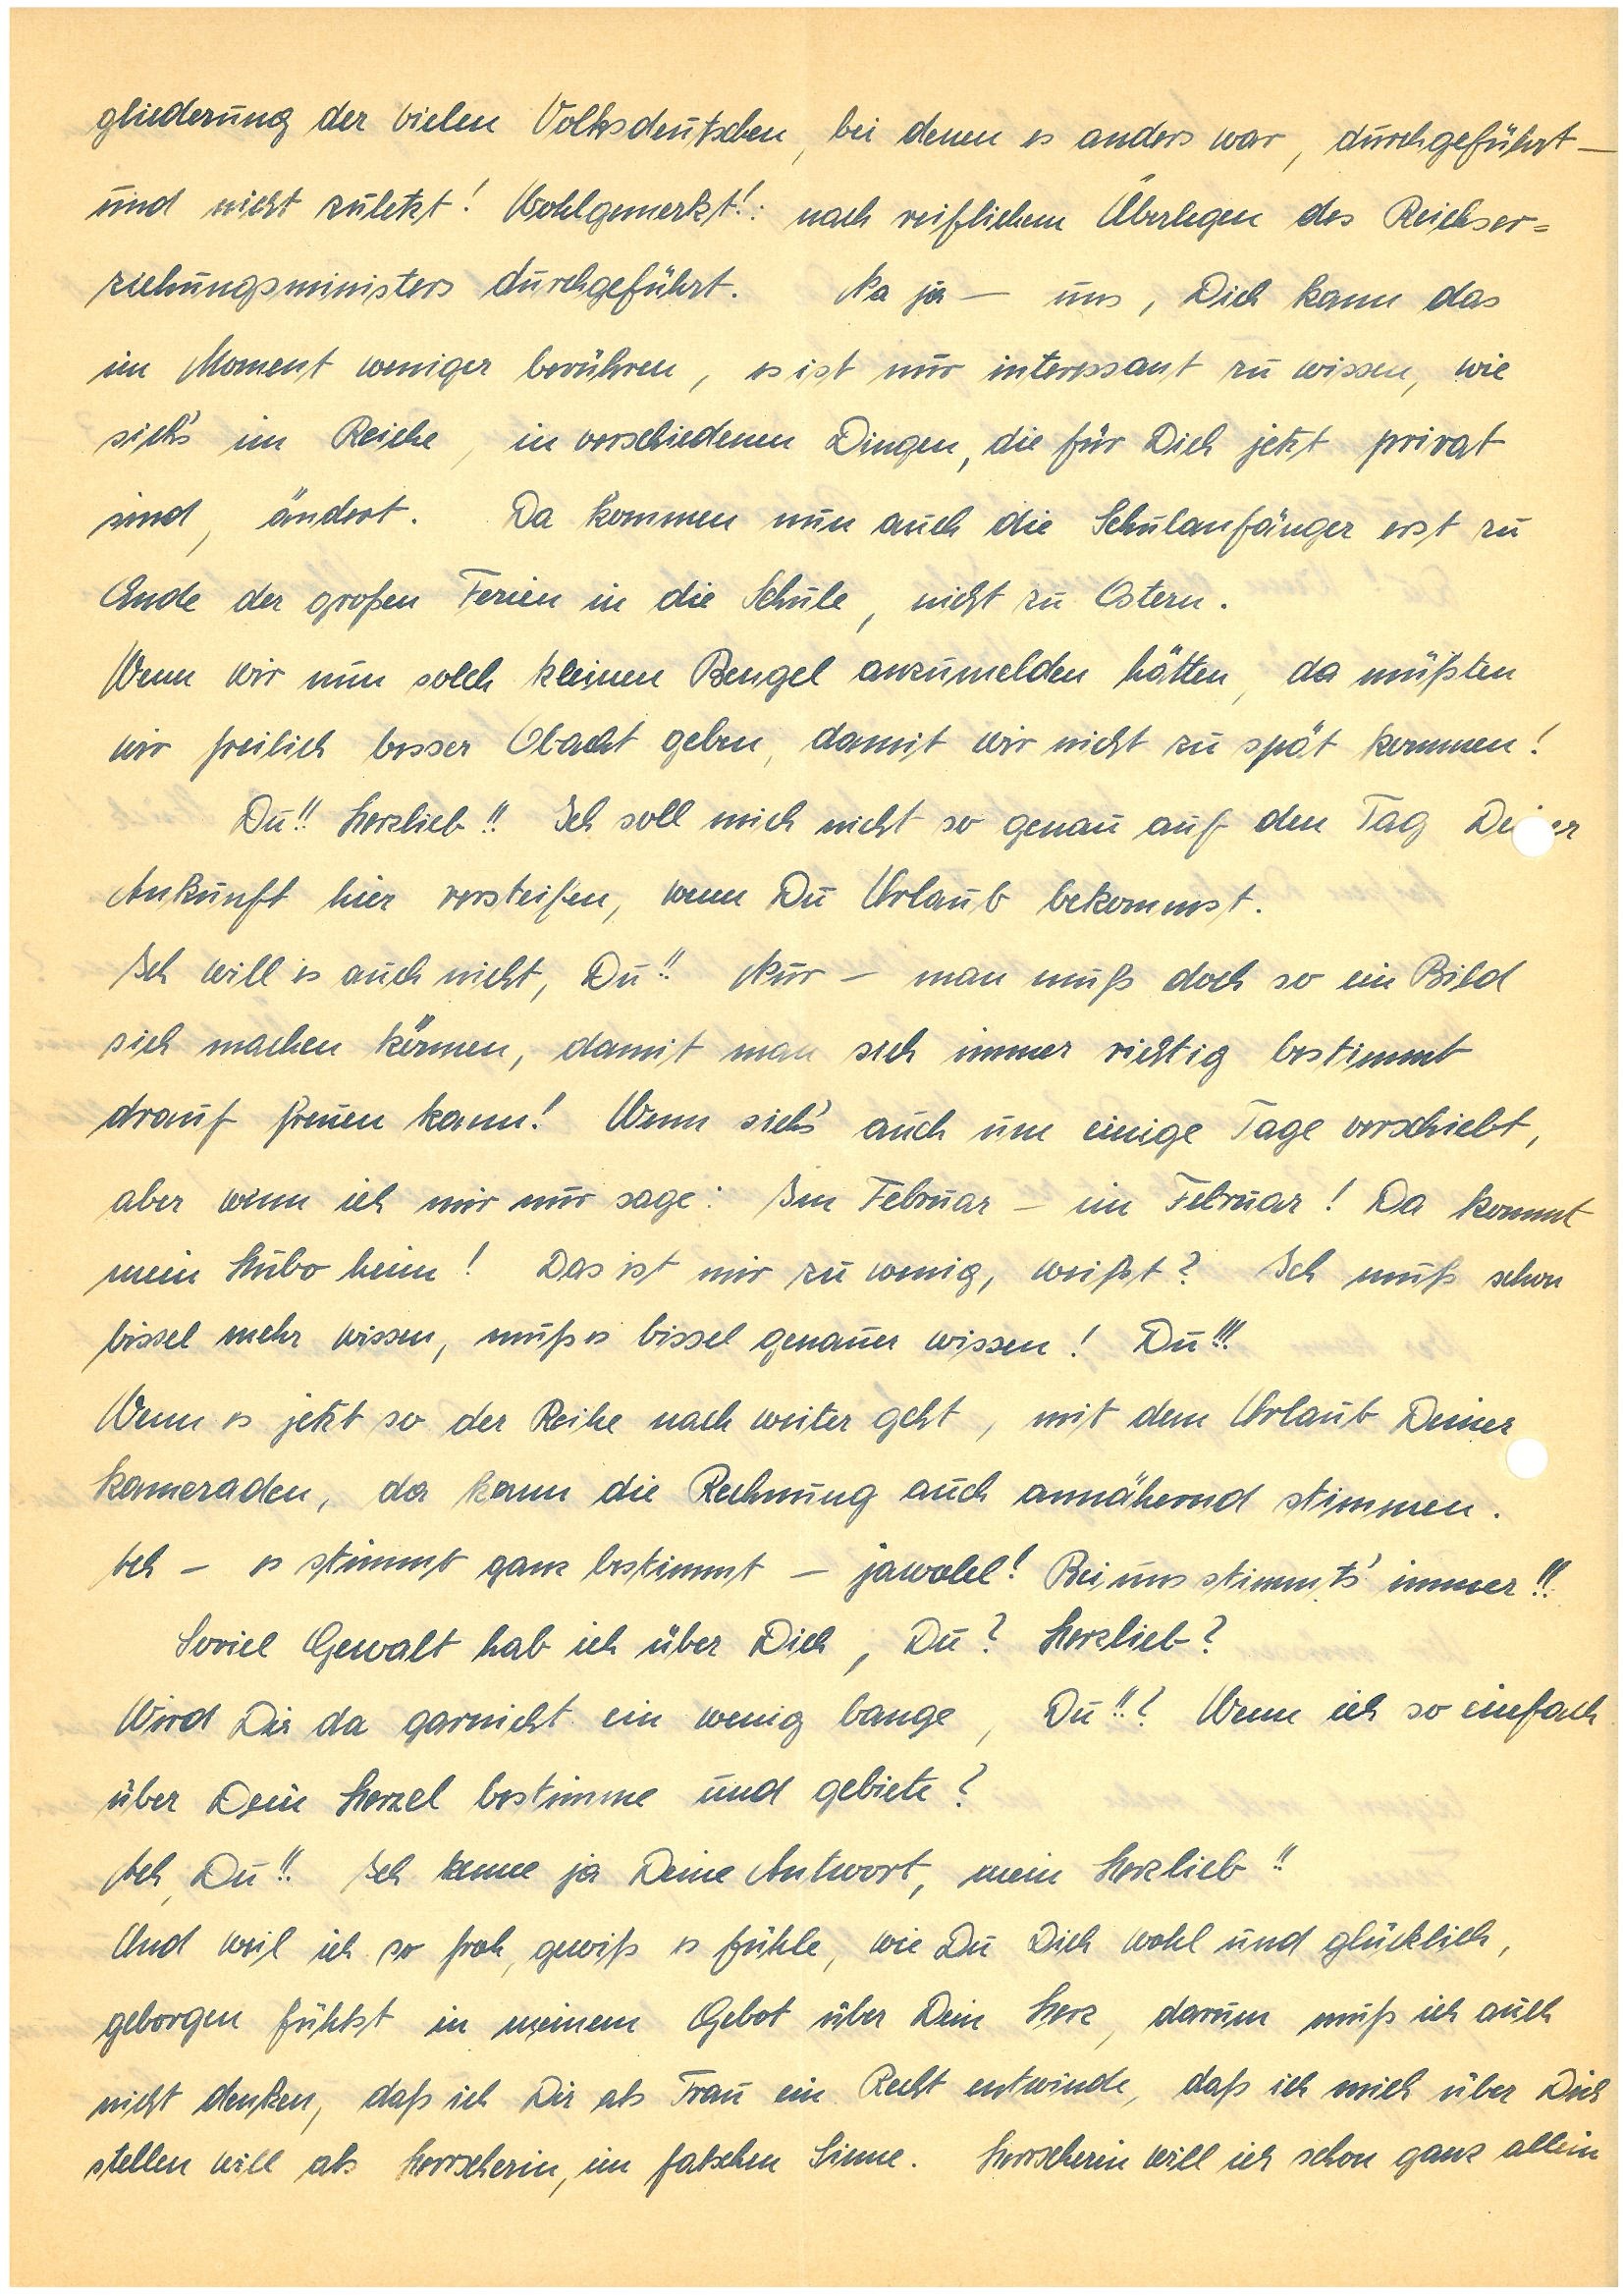
gliederung der vielen Volksdeutschen, bei denen es anders war, durchgeführt –
und nicht zuletzt! Wohlgemerkt!: nach reiflichem Überlegen des Reichser¬
ziehungsministers durchgeführt. Na ja — uns, Dich kann das
im Moment weniger berühren, es ist nur interessant zu wissen, wie
sich’s im Reiche in verschiedenen Dingen, die für Dich jetzt privat
sind, ändert. Da kommen nun auch die Schulanfänger erst zu
Ende der großen Ferien in die Schule, nicht zu Ostern.
Wenn wir nun solch kleinen Bengel anzumelden hätten, da müßten
wir freilich besser Obacht geben, damit wir nicht zu spät kommen!
Du!! Herzlieb!! Ich soll mich nicht so genau auf den Tag Der
Ankunft hier versteifen, wenn Du Urlaub bekommst.
Ich will es auch nicht, Du!! Nur – man muß doch so ein Bild
sich machen können, damit man sich immer richtig bestimmt
drauf freuen kann! Wenn sich’s auch um einige Tage verschiebt,
aber wenn ich mir nur sage: Im Februar – im Februar! Da kommt
mein Hubo heim! Das ist mir zu wenig, weißt? Ich muß schon
bissel mehr wissen, muß es bissel genauer wissen! Du!!!
Wenn es so der Reihe nach weiter geht, mit dem Urlaub Deiner
Kameraden, da kann die Rechnung auch annähernd stimmen.
Ach – es stimmt ganz bestimmt – jawohl! Bei uns stimmt’s immer!!
Soviel Gewalt hab ich über Dich, Du? Herzlieb?
Wird Dir da gar nicht ein wenig bange, Du!!? Wenn ich so einfach
über Dein Herzel bestimme und gebiete?
Ach, Du!! Ich kenne ja Deine Antwort, mein Herzlieb!!
Und weil ich so froh, gewiß es fühle, wie Du Dich wohl und glücklich,
geborgen fühlst in meinem Gebot über Dein Herz, darum muß ich auch
nicht denken, daß ich Dir als Frau ein Recht entwinde, daß ich mich über Dich
stellen will als Herrscherin, im falschen Sinne. Herrscherin will ich schon ganz allein